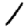
Digit: 1